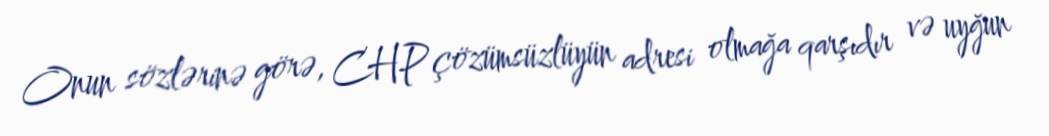
Onun sözlərinə görə, CHP çözümsüzlüyün adresi olmağa qarşıdır və uyğun